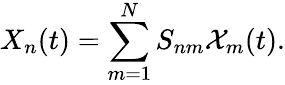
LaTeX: X_{n}(t)=\sum_{m=1}^{N}S_{nm}\mathcal{X}_{m}(t).